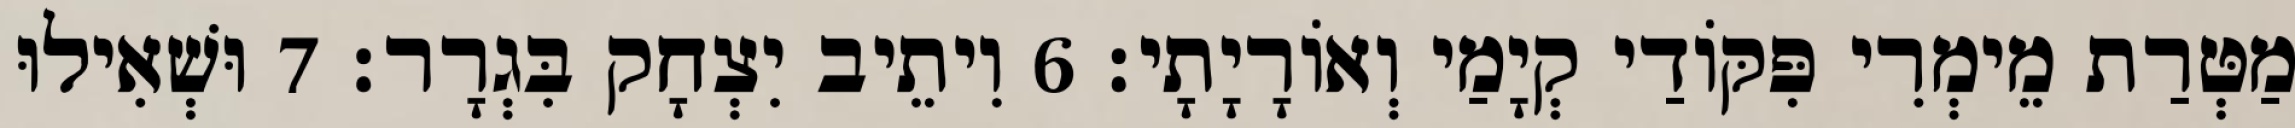
מַטְּרַת מֵימְרִי פִּקּוֹדַי קְיָמַי וְאוֹרָיָתָי׃ 6 וִיתֵיב יִצְחָק בִּגְרָר׃ 7 וּשְׁאִילוּ